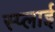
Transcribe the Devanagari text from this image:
स्प्लाई